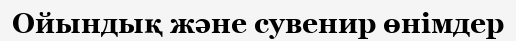
Ойындық және сувенир өнімдер